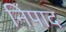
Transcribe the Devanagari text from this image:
निपाद